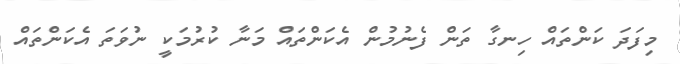
މިފަދަ ކަންތައް ހިނގާ ތަން ފެނުމުން އެކަންތައް މަނާ ކުރުމަކީ ނުވަތަ އެކަންތައް